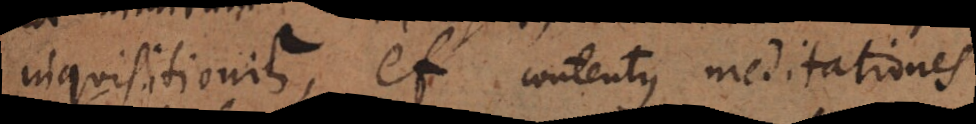
inquisitionis, et contentus meditationes